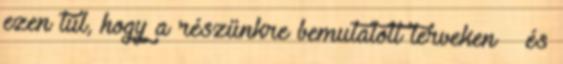
ezen túl, hogy a részünkre bemutatott terveken – és